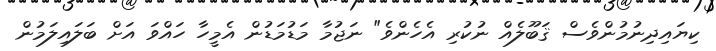
ކިޔައިދިނުމުންވެސް ޤަބޫލެއް ނުކުރި އެހެންވެ" ނަޖުމާ މަޑުމަޑުން އެމީހާ ހައްވަ އަށް ބަލައިލަމުން